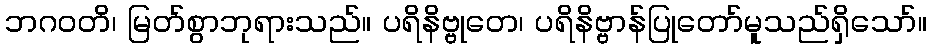
ဘဂဝတိ၊ မြတ်စွာဘုရားသည်။ ပရိနိဗ္ဗုတေ၊ ပရိနိဗ္ဗာန်ပြုတော်မူသည်ရှိသော်။